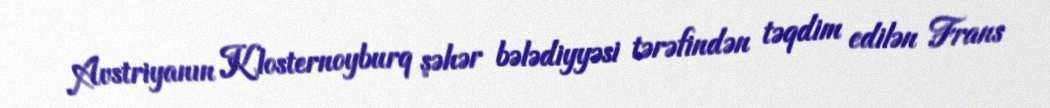
Avstriyanın Klosternoyburq şəhər bələdiyyəsi tərəfindən təqdim edilən Frans